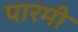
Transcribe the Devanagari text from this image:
पारमी